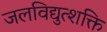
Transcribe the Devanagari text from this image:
जलविद्युत्शक्ति